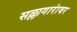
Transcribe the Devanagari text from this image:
सल्लागारांवर